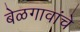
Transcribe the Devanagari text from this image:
बेळगावांचे